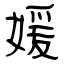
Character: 媛